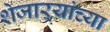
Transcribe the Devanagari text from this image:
शेजाऱ्यांच्या